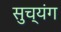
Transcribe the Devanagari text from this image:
सुच्यंग